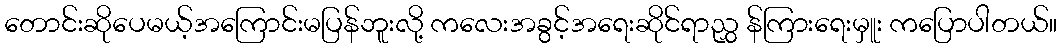
တောင်းဆိုပေမယ့်အကြောင်းမပြန်ဘူးလို့ ကလေးအခွင့်အရေးဆိုင်ရာညွှ န်ကြားရေးမှူး ကပြောပါတယ်။